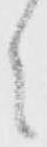
之